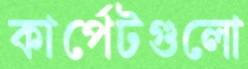
কার্পেটগুলো